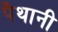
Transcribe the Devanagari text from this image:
पैथानी